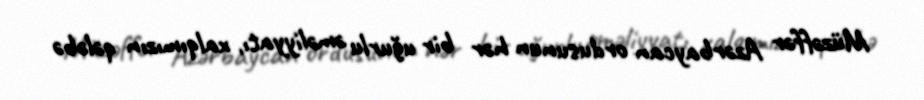
Müzəffər Azərbaycan ordusunun hər bir uğurlu əməliyyatı, xalqımızın qələbə